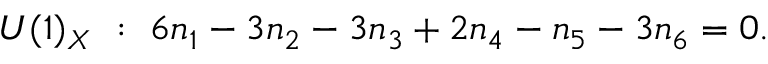
U ( 1 ) _ { X } ~ : ~ 6 n _ { 1 } - 3 n _ { 2 } - 3 n _ { 3 } + 2 n _ { 4 } - n _ { 5 } - 3 n _ { 6 } = 0 .